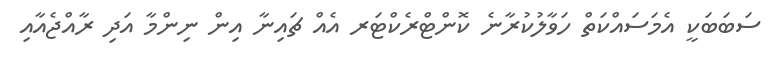
ސަބަބަކީ އެމަސައްކަތް ހަވާލުކުރާނެ ކޮންޓްރެކްޓަރ އެއް ޗައިނާ އިން ނިންމާ އަދި ރާއްޖެއާއި